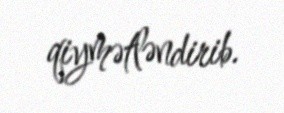
qiymətləndirib.